Vaccination in Burma 1920-1933 - 1920-1933
Year: 1920
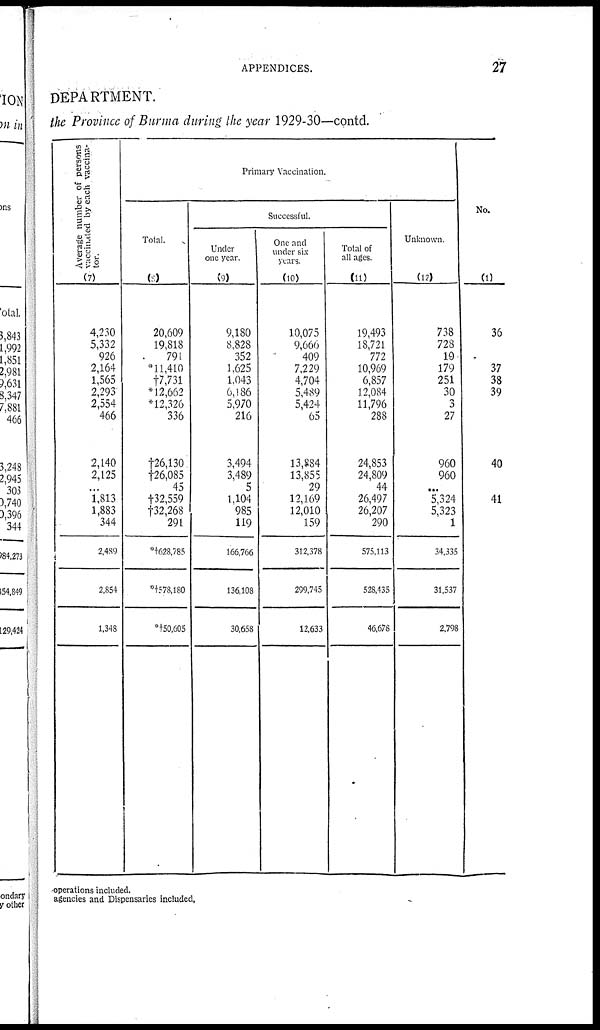
APPENDICES.
27
DEPARTMENT.
the Province of Burma during the year 1929-30—contd.
Average number of persons
vaccinated by each vaccina-
tor.
(7)
4,230
5,332
926
2,164
1,565
2,293
2,554
466
2,140
2,125
...
1,813
1,883
344
2,489
2,854
1,348
Primary Vaccination.
Total.
(8)
20,609
19,818
791
*11,410
†7,731
*†12,662
*12,326
336
†26,130
†26,085
45
†32,559
†32,268
291
*†628,785
*†578,180
*†50,605
Successful.
Under
one year.
(9)
9,180
8,828
352
1,625
1,043
6,186
5,970
216
3,494
3,489
5
1,104
985
119
166,766
136,108
30,658
One and
under six
years.
(10)
10,075
9,660
409
7,229
4,704
5,489
5,424
65
13,884
13,855
29
12,169
12,010
159
312,378
299,745
12,633
Total of
all ages.
(11)
19,493
18,721
772
10,969
6,857
12,084
11,796
288
24,853
24,809
44
26,497
26,207
290
575,113
528,435
46,678
Unknown.
(12)
738
728
19
179
251
30
3
27
960
960
...
5,324
5,323
1
34,335
31,537
2,798
No.
(1)
36
37
38
39
40
41
operations included.
agencies and Dispensaries included.